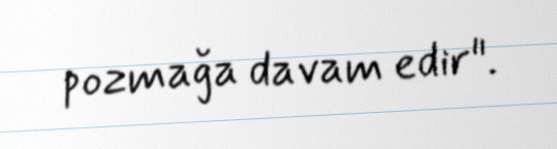
pozmağa davam edir".